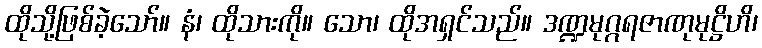
ထိုသို့ဖြစ်ခဲ့သော်။ နံ၊ ထိုသားကို။ သော၊ ထိုအရှင်သည်။ ဒဏ္ဍမုဂ္ဂရဇာဏုမုဋ္ဌိဟိ၊